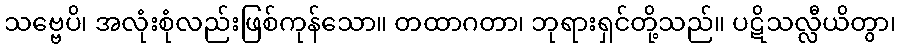
သဗ္ဗေပိ၊ အလုံးစုံလည်းဖြစ်ကုန်သော။ တထာဂတာ၊ ဘုရားရှင်တို့သည်။ ပဋိသလ္လီယိတွာ၊